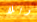
وبلا